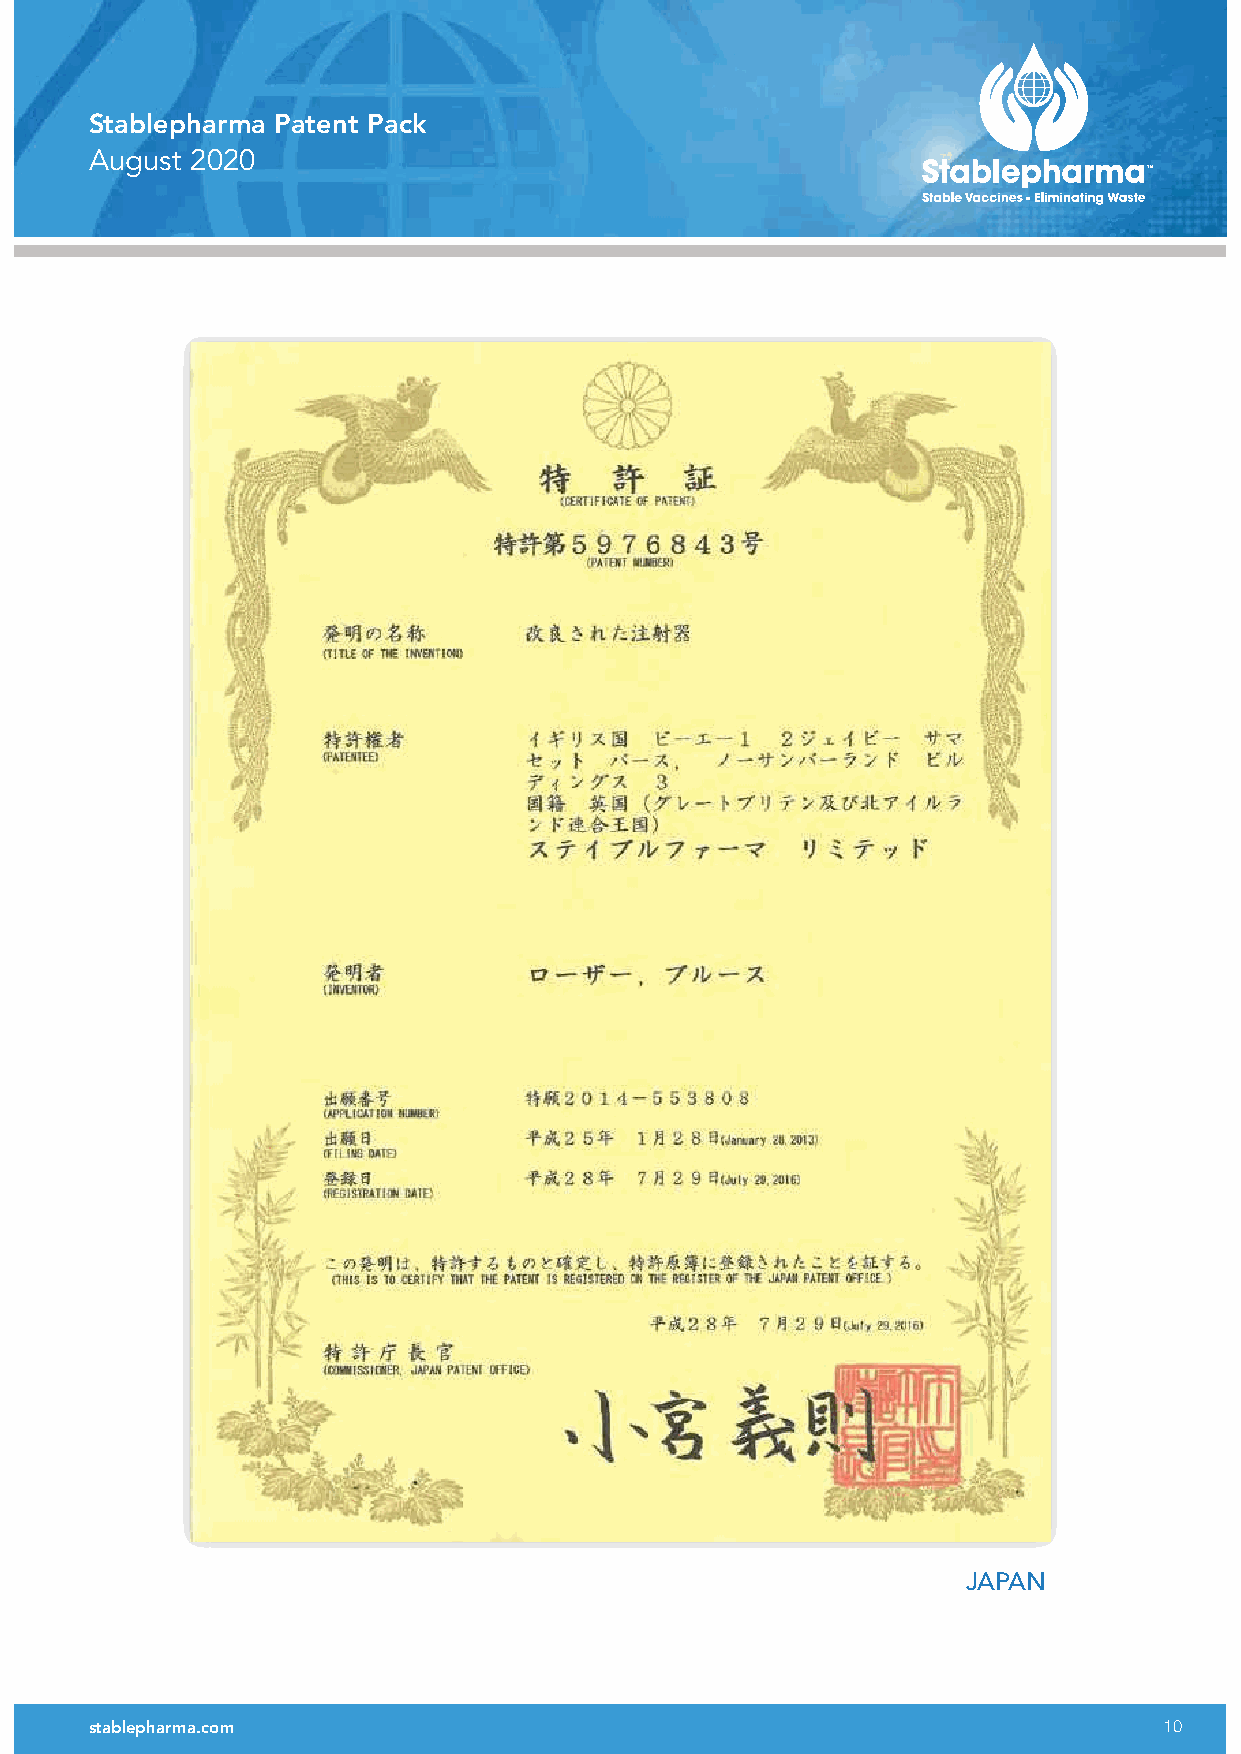
Stablepharma Patent Pack
 August 2020
 JAPAN
 stablepharma.com                                                       10